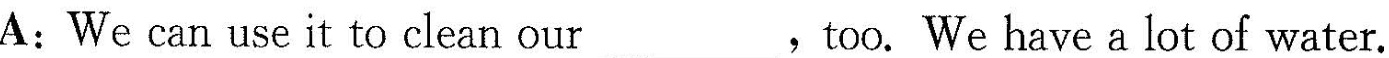
A:We can use it to clean our _-,too. We have a lot of water.